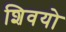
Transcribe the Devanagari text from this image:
शिवयो